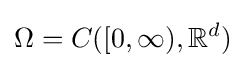
\Omega =C([0,\infty ),\mathbb {R} ^{d})